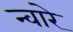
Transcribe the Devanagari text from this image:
न्वारे